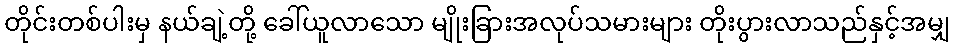
တိုင်းတစ်ပါးမှ နယ်ချဲ့တို့ ခေါ်ယူလာသော မျိုးခြားအလုပ်သမားများ တိုးပွားလာသည်နှင့်အမျှ